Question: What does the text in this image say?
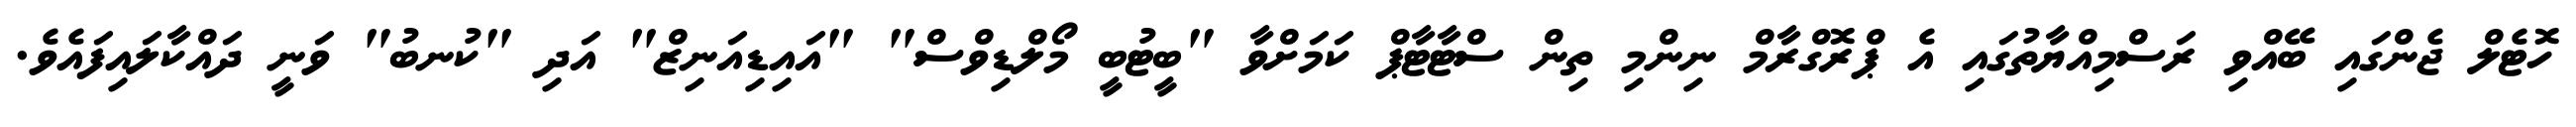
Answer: ހޮޓެލް ޖެންގައި ބޭއްވި ރަސްމިއްޔާތުގައި އެ ޕްރޮގްރާމް ނިންމި ތިން ސްޓާޓާޕް ކަމަށްވާ "ބީޓުބީ މޯލްޑިވްސް" "އައިޑިއަނިޒް" އަދި "ކުނބު" ވަނީ ދައްކާލައިފައެވެ.